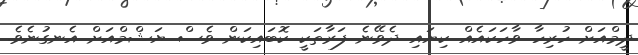
ދީމްއަށް ހުރިހާ ވާހަކައެއް ކިޔައި ދެވޭނެ ފަރާތަކީ ކޮބައިކަން ވެސް ޔަޝްމްއަށް އެނގުނެވެ.